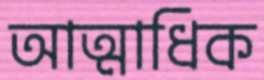
আত্মাধিক